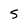
Character: 5